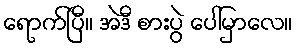
ရောက်ပြီ။ အဲဒီ စားပွဲ ပေါ်မှာလေ။